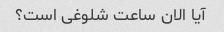
آیا الان ساعت شلوغی است؟